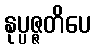
နုပ္ပဇ္ဇတိပေ